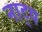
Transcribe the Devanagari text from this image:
नाट््य